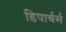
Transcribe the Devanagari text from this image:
डिपार्चर्स